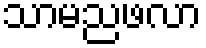
သာမညဖလာ